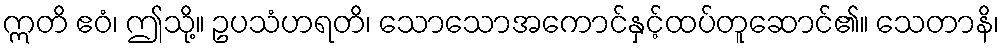
ဣတိ ဧဝံ၊ ဤသို့။ ဥပသံဟရတိ၊ သောသောအကောင်နှင့်ထပ်တူဆောင်၏။ သေတာနိ၊